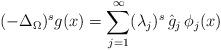
LaTeX: \begin{align*}\displaystyle(-\Delta_{\Omega})^{s}g(x)=\sum_{j=1}^{\infty}(\lambda_j)^s\, \hat{g}_j\, \phi_j(x)\end{align*}